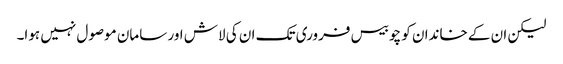
لیکن ان کے خاندان کو چوبیس فروری تک ان کی لاش اور سامان موصول نہیں ہوا۔